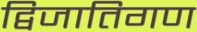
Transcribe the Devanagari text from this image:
द्विजातिगण